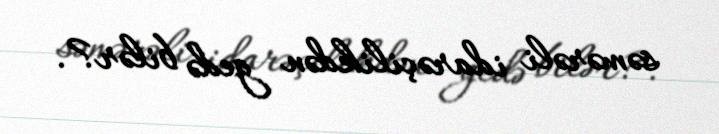
səmərəli idarəçilikdən gedə bilər?.